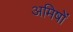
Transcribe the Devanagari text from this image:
अमिषों